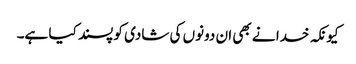
کیونکہ خدا نے بھی ان دونوں کی شادی کو پسند کیا ہے۔